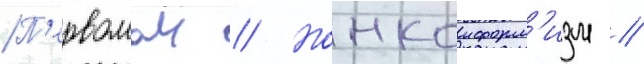
П'ервомаи // Нонконформ'изм //